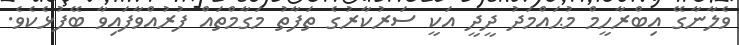
ވެލާނާގޭ އިބްރާހީމް މުޙައްމަދު ދީދީ އަކީ ސަރުކާރުގެ ތަފާތު މަގާމްތައް ފުރުއްވާފައިވާ ބޭފުޅެކެވެ.